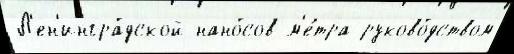
Л'ен'ингра́дской нано́сов м'е́тра руково́дством